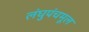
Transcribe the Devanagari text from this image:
लंघुपंचमूल